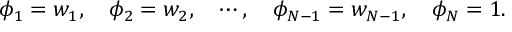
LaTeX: \phi _ { 1 } = w _ { 1 } , \quad \phi _ { 2 } = w _ { 2 } , \quad \cdots , \quad \phi _ { N - 1 } = w _ { N - 1 } , \quad \phi _ { N } = 1 .